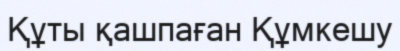
Құты қашпаған Құмкешу